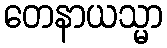
တေနာယသ္မာ